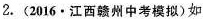
2.(2016·江西赣州中考模拟)如